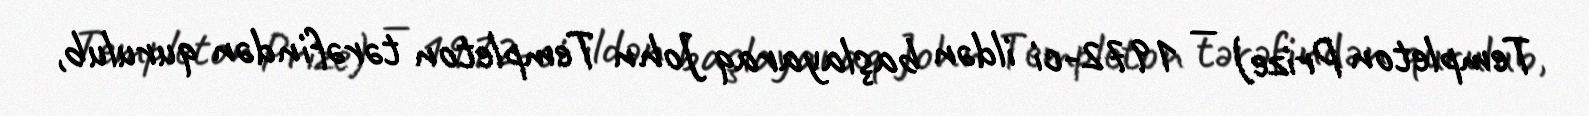
Templeton Prize) — 1972-ci ildən başlayaraq John Templeton tərəfindən qurulub,